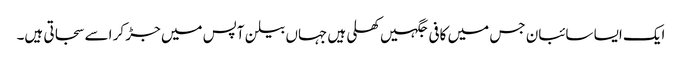
ایک ایسا سائبان جس میں کافی جگہیں کھلی ہیں جہاں بیلن آپس میں جڑ کر اسے سجاتی ہیں۔